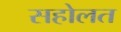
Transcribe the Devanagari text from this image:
सहोलत